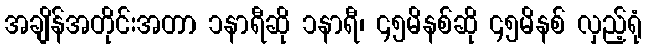
အချိန်အတိုင်းအတာ ၁နာရီဆို ၁နာရီ၊ ၄၅မိနစ်ဆို ၄၅မိနစ် လှည့်ရုံ